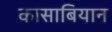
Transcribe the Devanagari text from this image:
कासाबियान